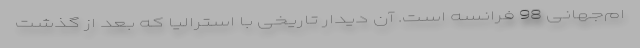
ام‌جهانی 98 فرانسه است. آن دیدار تاریخی با استرالیا که بعد از گذشت